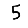
Digit: 5